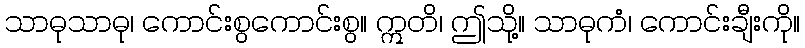
သာဓုသာဓု၊ ကောင်းစွကောင်းစွ။ ဣတိ၊ ဤသို့။ သာဓုကံ၊ ကောင်းချီးကို။